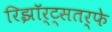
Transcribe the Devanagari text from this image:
रिझॉर्ट्‌सतर्फे